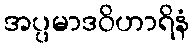
အပ္ပမာဒဝိဟာရိနံ